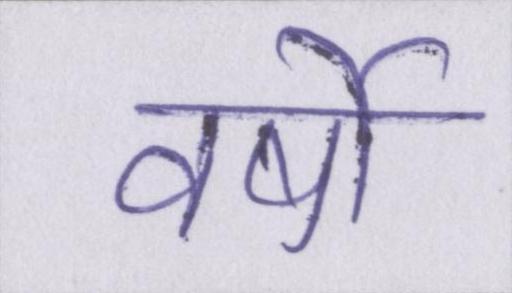
वर्षो